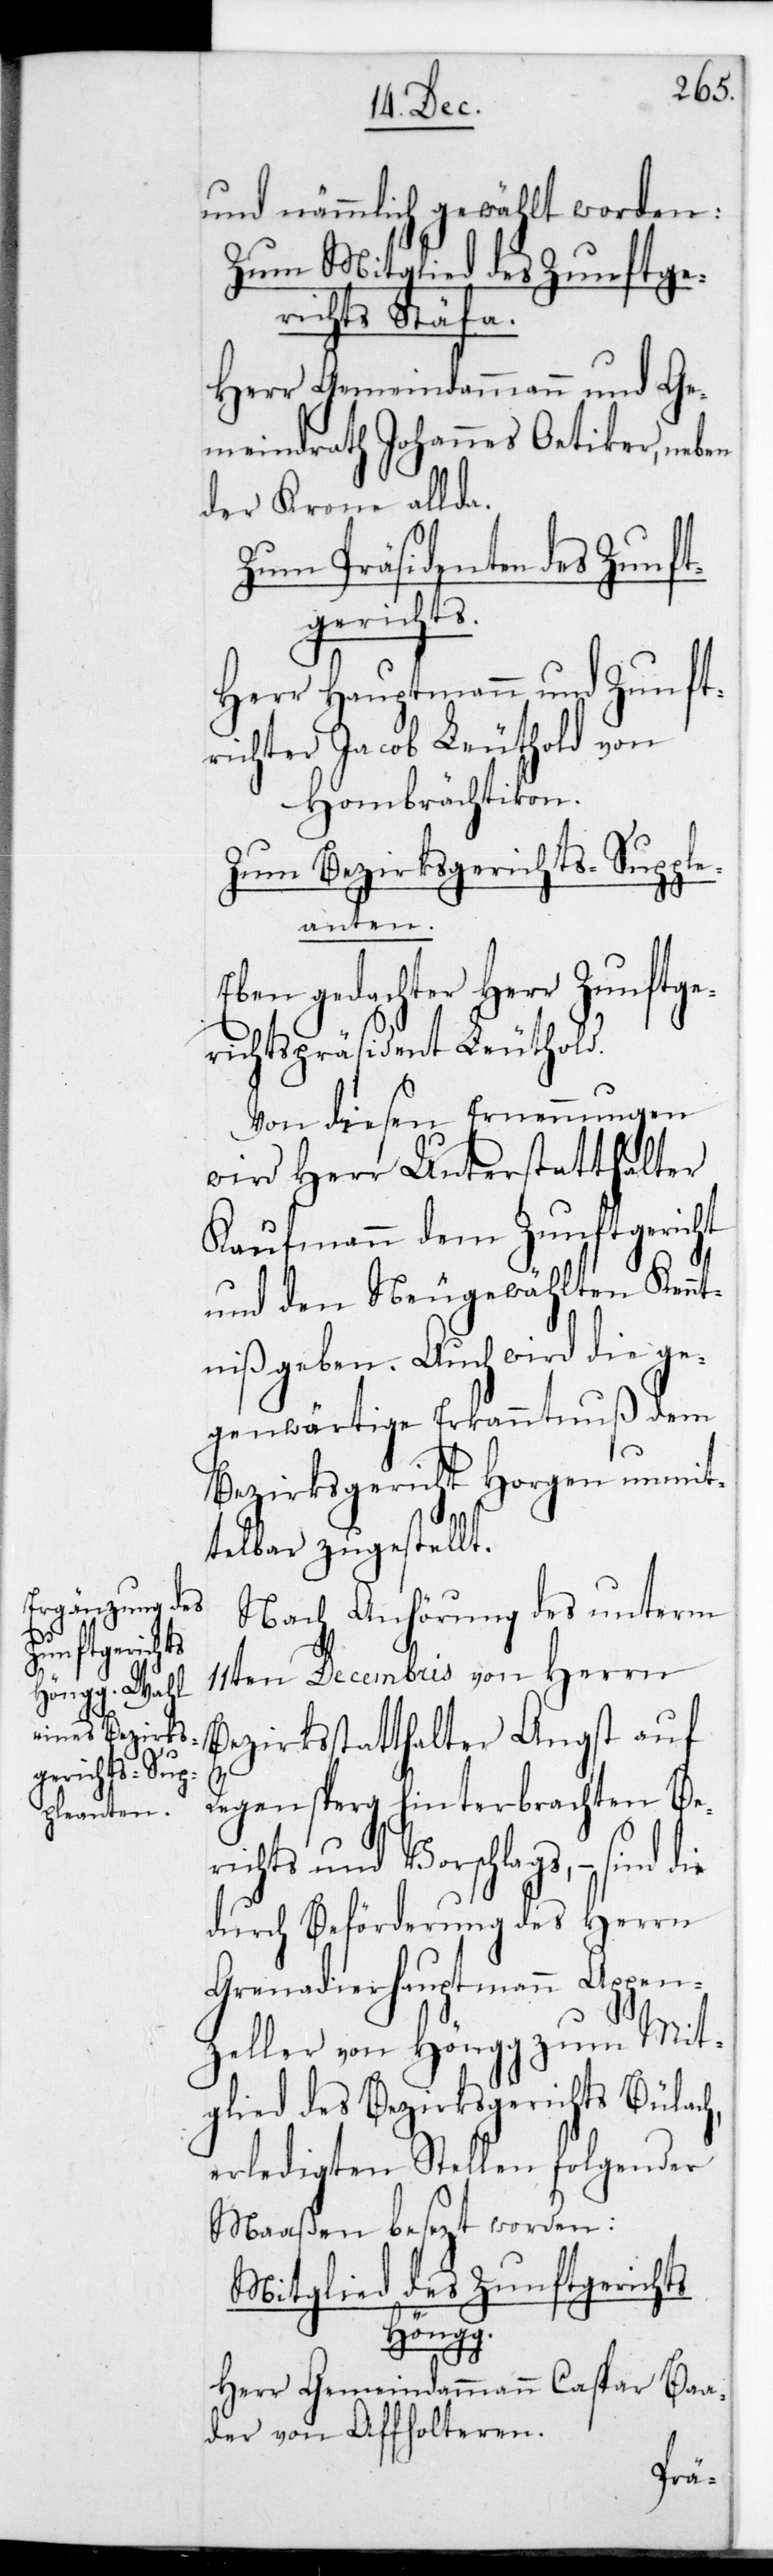
und nämmlich gewählt worden:
Zum Mitglied des Zunftge¬
richts Stäfa.
Herr Gemeindammann und Ge¬
meindrath Johannes Oetiker, neben
der Krone allda.
Zum Präsidenten des Zunft¬
gerichts.
Herr Hauptmann und Zunft¬
richter Jacob Leuthold von
Hombrächtikon.
Zum Bezirksgerichts-Supple¬
anten.
Eben gedachter Herr Zunftge¬
richts-Präsident Leuthold.
Von diesen Ernennungen
wird Herr Unterstatthalter
Kaufmann dem Zunftgericht
und den neu Gewählten Kenn¬
tniß geben. Auch wird die ge¬
genwärtige Erkanntnuß dem
Bezirksgericht Horgen unmit¬
telbar zugestellt.
Nach Anhörung des unterm
11ten Decembris von Herrn
Bezirksstatthalter Angst auf
Regensberg hinterbrachten Be¬
richts und Vorschlags, – sind die
durch Beförderung des Herrn
Grenadierhauptmann Appen¬
zeller von Höngg zum Mit¬
glied des Bezirksgerichts Bülach,
erledigten Stellen folgender¬
maaßen besetzt worden:
Mitglied des Zunftgerichts
Höngg.
Herr Gemeindammann Caspar Ba¬
der von Affolteren.